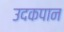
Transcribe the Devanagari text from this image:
उदकपान